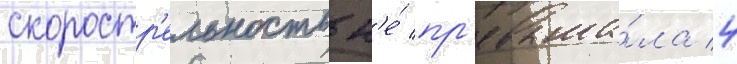
скоростр'ельность н'е́ пр'евыша́ла 4